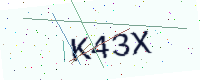
Text: K43X